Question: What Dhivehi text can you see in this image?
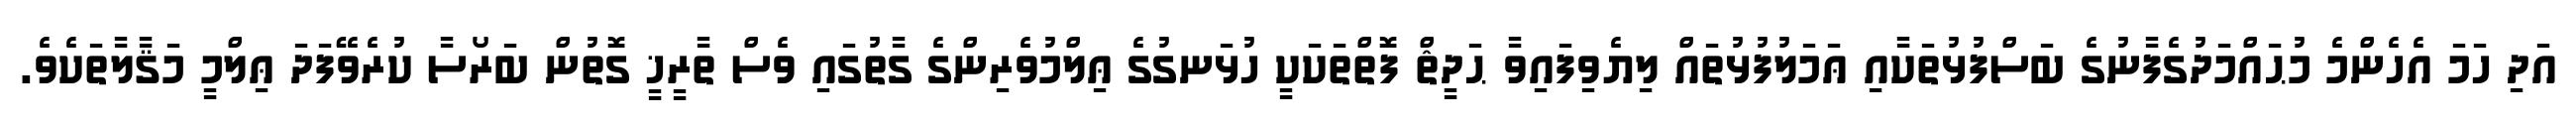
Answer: އަދި ހަމަ އެހެންމެ މުޙައްމަދުގެފާނުގެ ބަސްފުޅުތަކާއި ޢަމަލުފުޅުތައް ލިޔެވިފައިވާ ޙަދީޘް ފޮތްތަކަކީ ހުޅަނގުގެ ޢިލްމުވެރިންގެ ގާތުގައި ވެސް ތާރީޚީ ގޮތުން ބަރޯސާ ކުރެވޭފަދަ ޢިލްމީ މަޤާލާތަކެވެ.